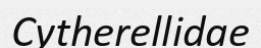
Cytherellidae